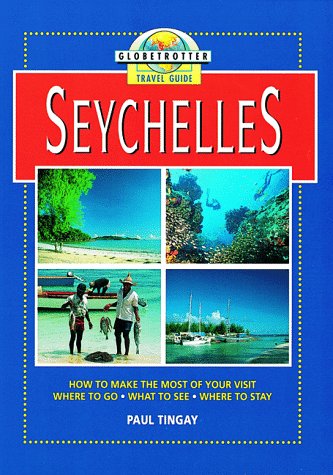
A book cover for Seychelles Travel Guide; Globetrotter; Travel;